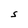
Character: S